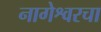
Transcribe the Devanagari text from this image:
नागेश्वरचा